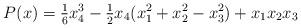
LaTeX: \begin{align*} P(x) &= \tfrac{1}{6}x_{4}^{3} - \tfrac{1}{2}x_{4}(x_{1}^{2} + x_{2}^{2} - x_{3}^{2}) + x_{1}x_{2}x_{3}\end{align*}